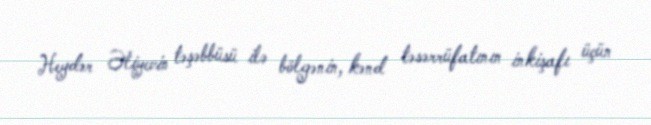
Heydər Əliyevin təşəbbüsü ilə bölgənin, kənd təsərrüfatının inkişafı üçün